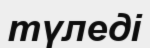
түледі